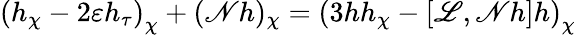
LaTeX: \left(h_{\chi}-2\varepsilon h_{\tau}\right)_{\chi}+(\mathscr{N}h)_{\chi}=\left(3hh_{\chi}-[\mathscr{L},\mathscr{N}h]h\right)_{\chi}